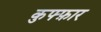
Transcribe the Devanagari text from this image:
कुफ्फ़ार